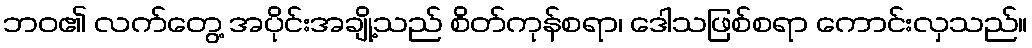
ဘဝ၏ လက်တွေ့ အပိုင်းအချို့သည် စိတ်ကုန်စရာ၊ ဒေါသဖြစ်စရာ ကောင်းလှသည်။